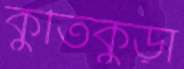
কুতিকুড়া